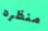
منظره